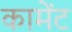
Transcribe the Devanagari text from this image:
कामेंट